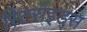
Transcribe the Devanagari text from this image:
स्टिरॉइड्स